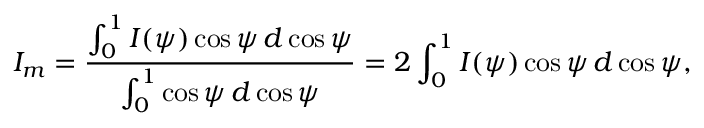
I _ { m } = { \frac { \int _ { 0 } ^ { 1 } I ( \psi ) \cos \psi \, d \cos \psi } { \int _ { 0 } ^ { 1 } \cos \psi \, d \cos \psi } } = 2 \int _ { 0 } ^ { 1 } I ( \psi ) \cos \psi \, d \cos \psi ,